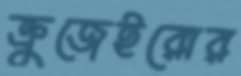
ক্রুজেইরোর